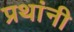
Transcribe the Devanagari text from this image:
प्रथांनी